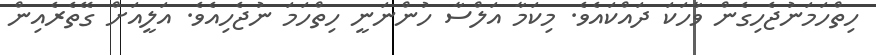
ހިތްހަމަނުޖެހިގެން ވާހަކަ ދައްކައެވެ. މިކަމާ އަލްސާ ހުންނަނީ ހިތްހަމަ ނުޖެހިއެވެ. އަލީއަށް ގޭތެރެއިން